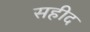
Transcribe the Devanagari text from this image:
सहीद